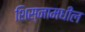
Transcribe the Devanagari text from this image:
शिस्नामधील